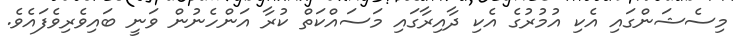
މިސެޝަންގައި އެކި އުމުރުގެ އެކި ދާއިރާގައި މަސައްކަތް ކުރާ އަންހެނުން ވަނީ ބައިވެރިވެފައެވެ.